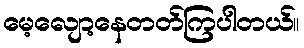
မေ့လျော့နေတတ်ကြပါတယ်။